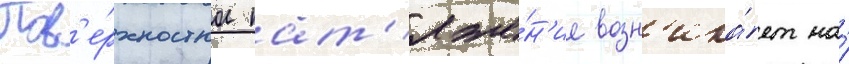
Пов'е́рхностное нат'яже́н'ие возн'ика́ет на́